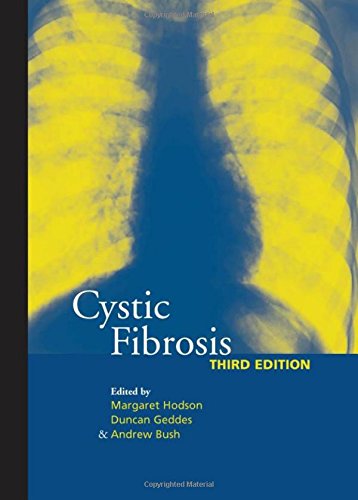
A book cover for Cystic Fibrosis, Third Edition; Margaret Hodson; Health, Fitness & Dieting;